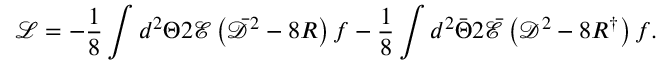
{ \mathcal { L } } = - \frac { 1 } { 8 } \int { d ^ { 2 } \Theta 2 { \mathcal { E } } \left( \bar { \mathcal { D } } ^ { 2 } - 8 R \right) f } - \frac { 1 } { 8 } \int { d ^ { 2 } \bar { \Theta } 2 \bar { \mathcal { E } } \left( { \mathcal { D } } ^ { 2 } - 8 R ^ { \dagger } \right) f } .